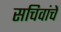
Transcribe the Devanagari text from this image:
सचिवांचें